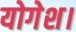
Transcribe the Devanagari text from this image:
योगेश।